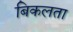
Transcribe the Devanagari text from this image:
बिकलता